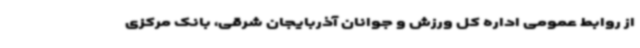
از روابط عمومی اداره کل ورزش و جوانان آذربایجان شرقی، بانک مرکزی